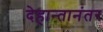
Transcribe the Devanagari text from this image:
देहान्तानंतर